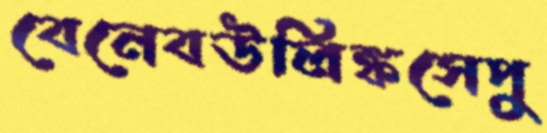
বেনেবউলিঙ্কসেপু